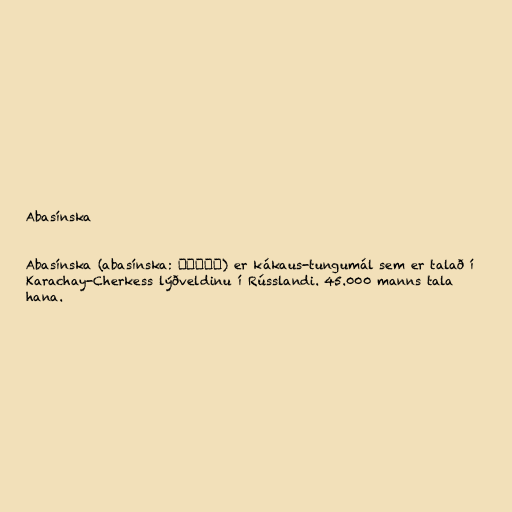
Abasínska

Abasínska (abasínska: Абаза) er kákaus-tungumál sem er talað í
Karachay-Cherkess lýðveldinu í Rússlandi. 45.000 manns tala
hana.